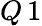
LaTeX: Q\, 1